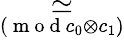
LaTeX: \underset{(\mathrm{~m~o~d~}{c_{0}\otimes c_{1}})}{\simeq}